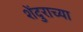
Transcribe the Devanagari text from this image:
शेंदुराच्या